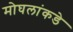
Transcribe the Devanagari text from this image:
मोघलांकडे